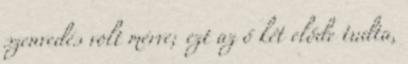
szenvedés volt mérve; ezt az ő két előde tudta,